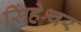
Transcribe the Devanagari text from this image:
सिंहेश्वर